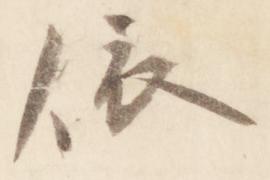
依